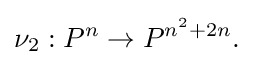
\nu _{2}:P^{n}\to P^{n^{2}+2n}.\